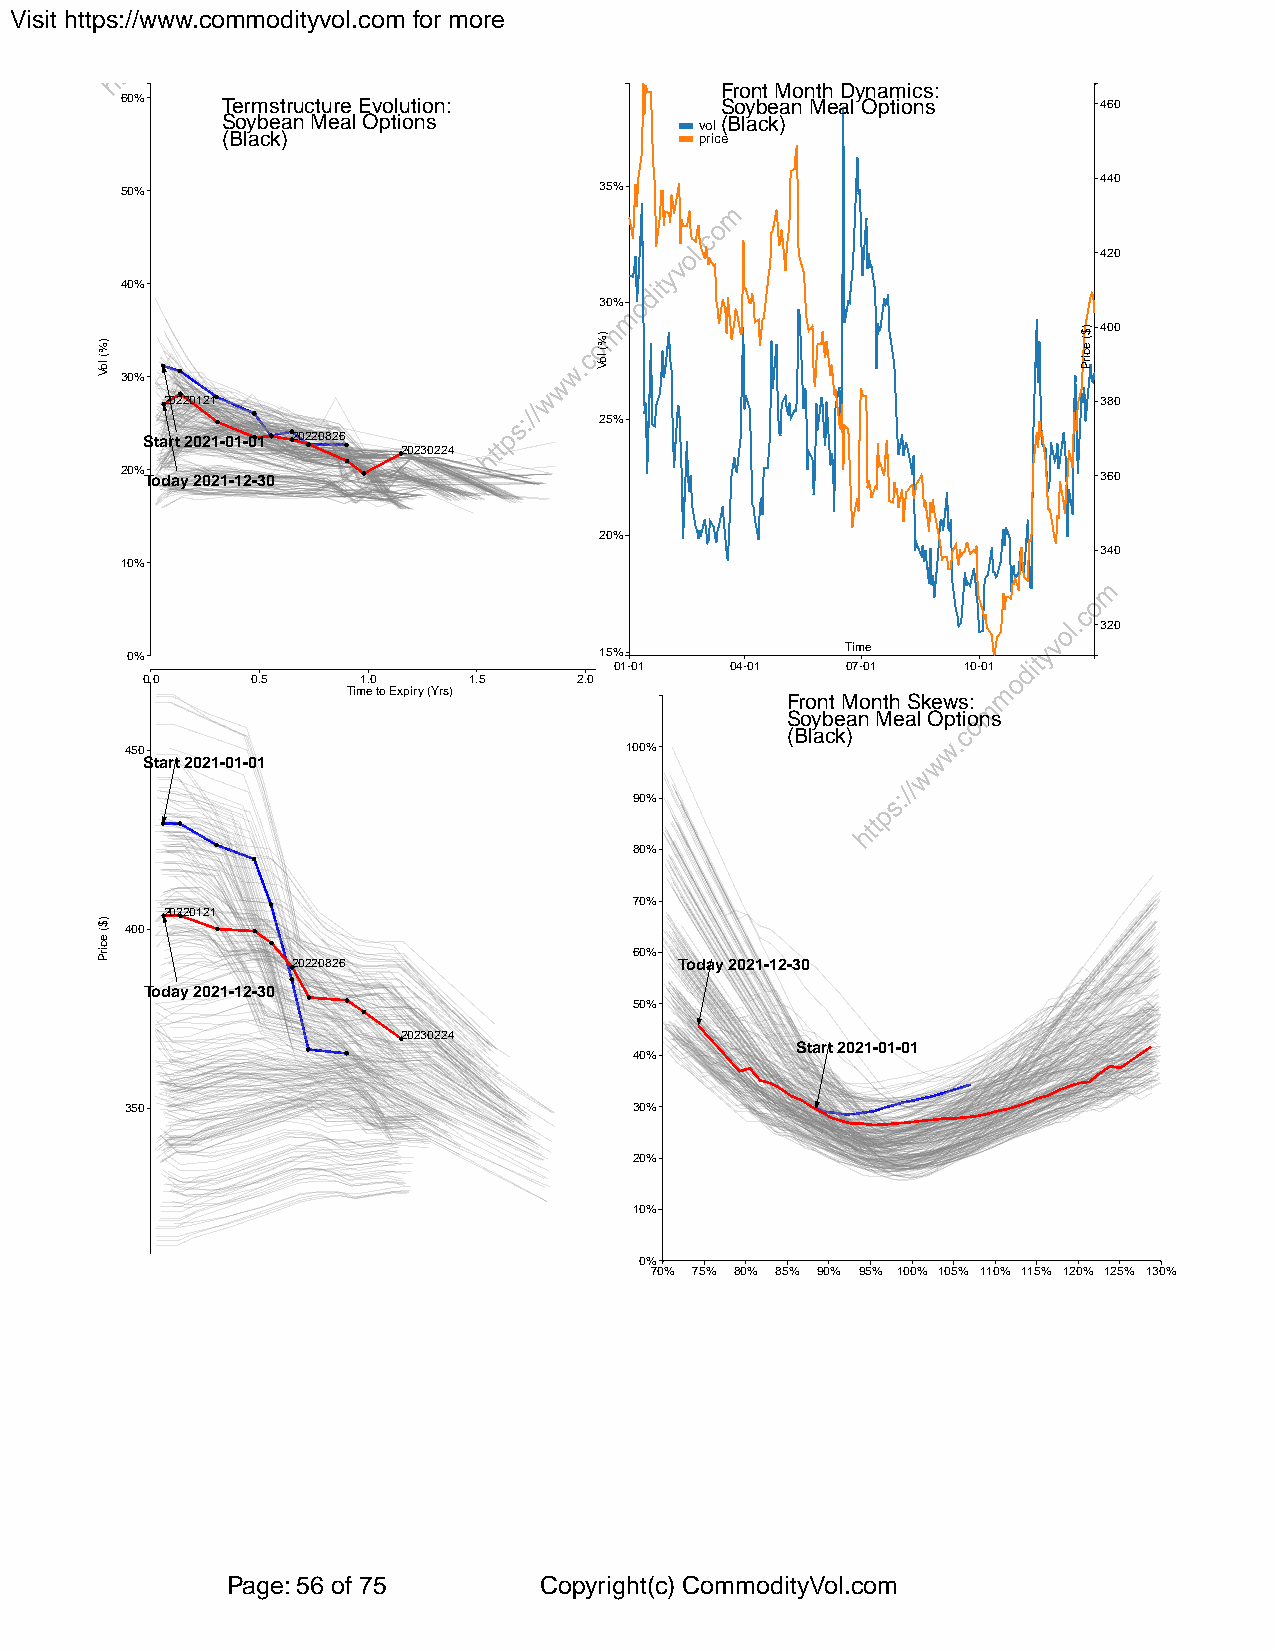
Visit https://www.commodityvol.com for more
 Front Month Dynamics:
 60%    Termstructure Evolution:         Soybean Meal Options     460
 Soybean Meal Options           vol(Black)
 (Black)                        price
 440
 50%                             35%
 420
 40%
 30%
 400
 30%
 20220121                                                      380
 25%
 Start 2021-01-01 20220826
 20230224
 20% Today 2021-12-30                                             360
 20%
 340
 10%
 320
 0%                              15%             Time
 01-01  04-01   07-01   10-01
 0.0     0.5    1.0    1.5    2.0
 Time to Expiry (Yrs)
 Front Month Skews:
 Soybean Meal Options
 (Black)
 450                              100%
 Start 2021-01-01
 90%
 80%
 70%
 20220121
 400
 60%
 20220826                  Today 2021-12-30
 Today 2021-12-30
 50%
 20230224
 Start 2021-01-01
 40%
 350                               30%
 20%
 10%
 0%
 70% 75% 80% 85% 90% 95% 100% 105% 110% 115% 120% 125% 130%
 Page: 56 of 75       Copyright(c) CommodityVol.com
 )%(
 loV
 )$(
 ecirP
 )%(
 loV
 )$(
 ecirP